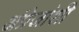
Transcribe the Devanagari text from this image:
अंग्रेजांशी